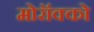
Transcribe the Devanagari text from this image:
मोरॉक्को